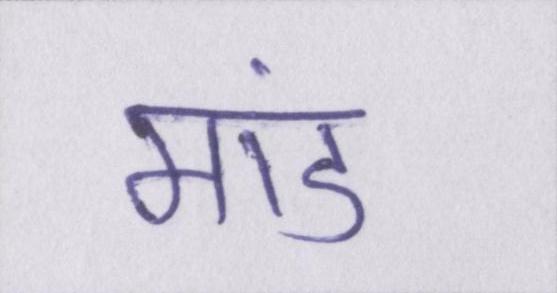
मांड